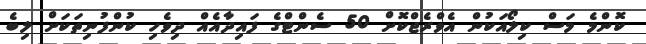
ކޮންމެ މަސް ކިލޯއަކުން އެވްރެޖްކޮށް 50 ސެންޓްގެ ފައިދާއެއް ދިވެހި ކުންފުނިތަކަށް ލިބެ